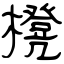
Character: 櫈